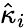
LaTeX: \hat{\kappa}_{i}